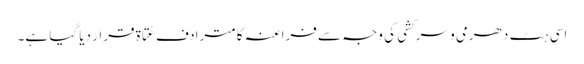
اسی ہٹ دھرمی و سرکشی کی وجہ سے فراعنہ کا مترادف عُتَاۃ قرار دیا گیا ہے۔